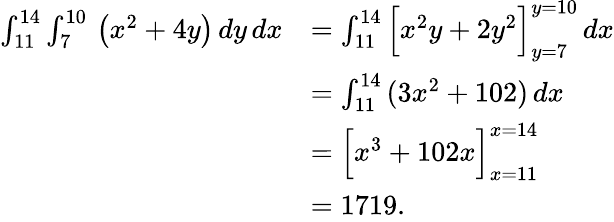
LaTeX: {\begin{array}{rl}{\int_{11}^{14}\int_{7}^{10}\, \left(x^{2}+4y\right)\, dy\, dx}&{=\int_{11}^{14}{\Big[}x^{2}y+2y^{2}{\Big]}_{y=7}^{y=10}\, dx}\\ &{=\int_{11}^{14}\, (3x^{2}+102)\, dx}\\ &{={\Big[}x^{3}+102x{\Big]}_{x=11}^{x=14}}\\ &{=1719.}\end{array}}